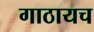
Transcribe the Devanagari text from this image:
गाठायच